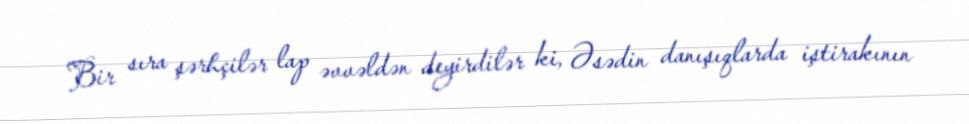
Bir sıra şərhçilər lap əvvəldən deyirdilər ki, Əsədin danışıqlarda iştirakının